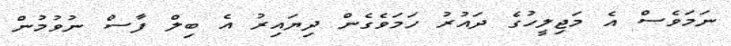
ނަމަވެސް އެ މަޖިލީހުގެ ދައުރު ހަމަވެގެން ދިޔައިރު އެ ބިލް ފާސް ނުވުމުން